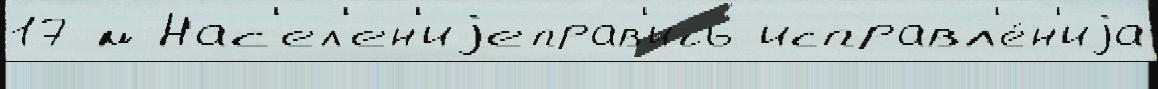
17 м Нас'ел'ен'иjеправ'ить исправл'е́н'иjа